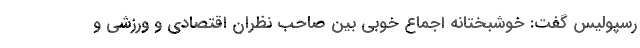
رسپولیس گفت: خوشبختانه اجماع خوبی بین صاحب نظران اقتصادی و ورزشی و